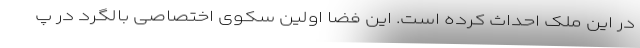
در این ملک احداث کرده است. این فضا اولین سکوی اختصاصی بالگرد در پ